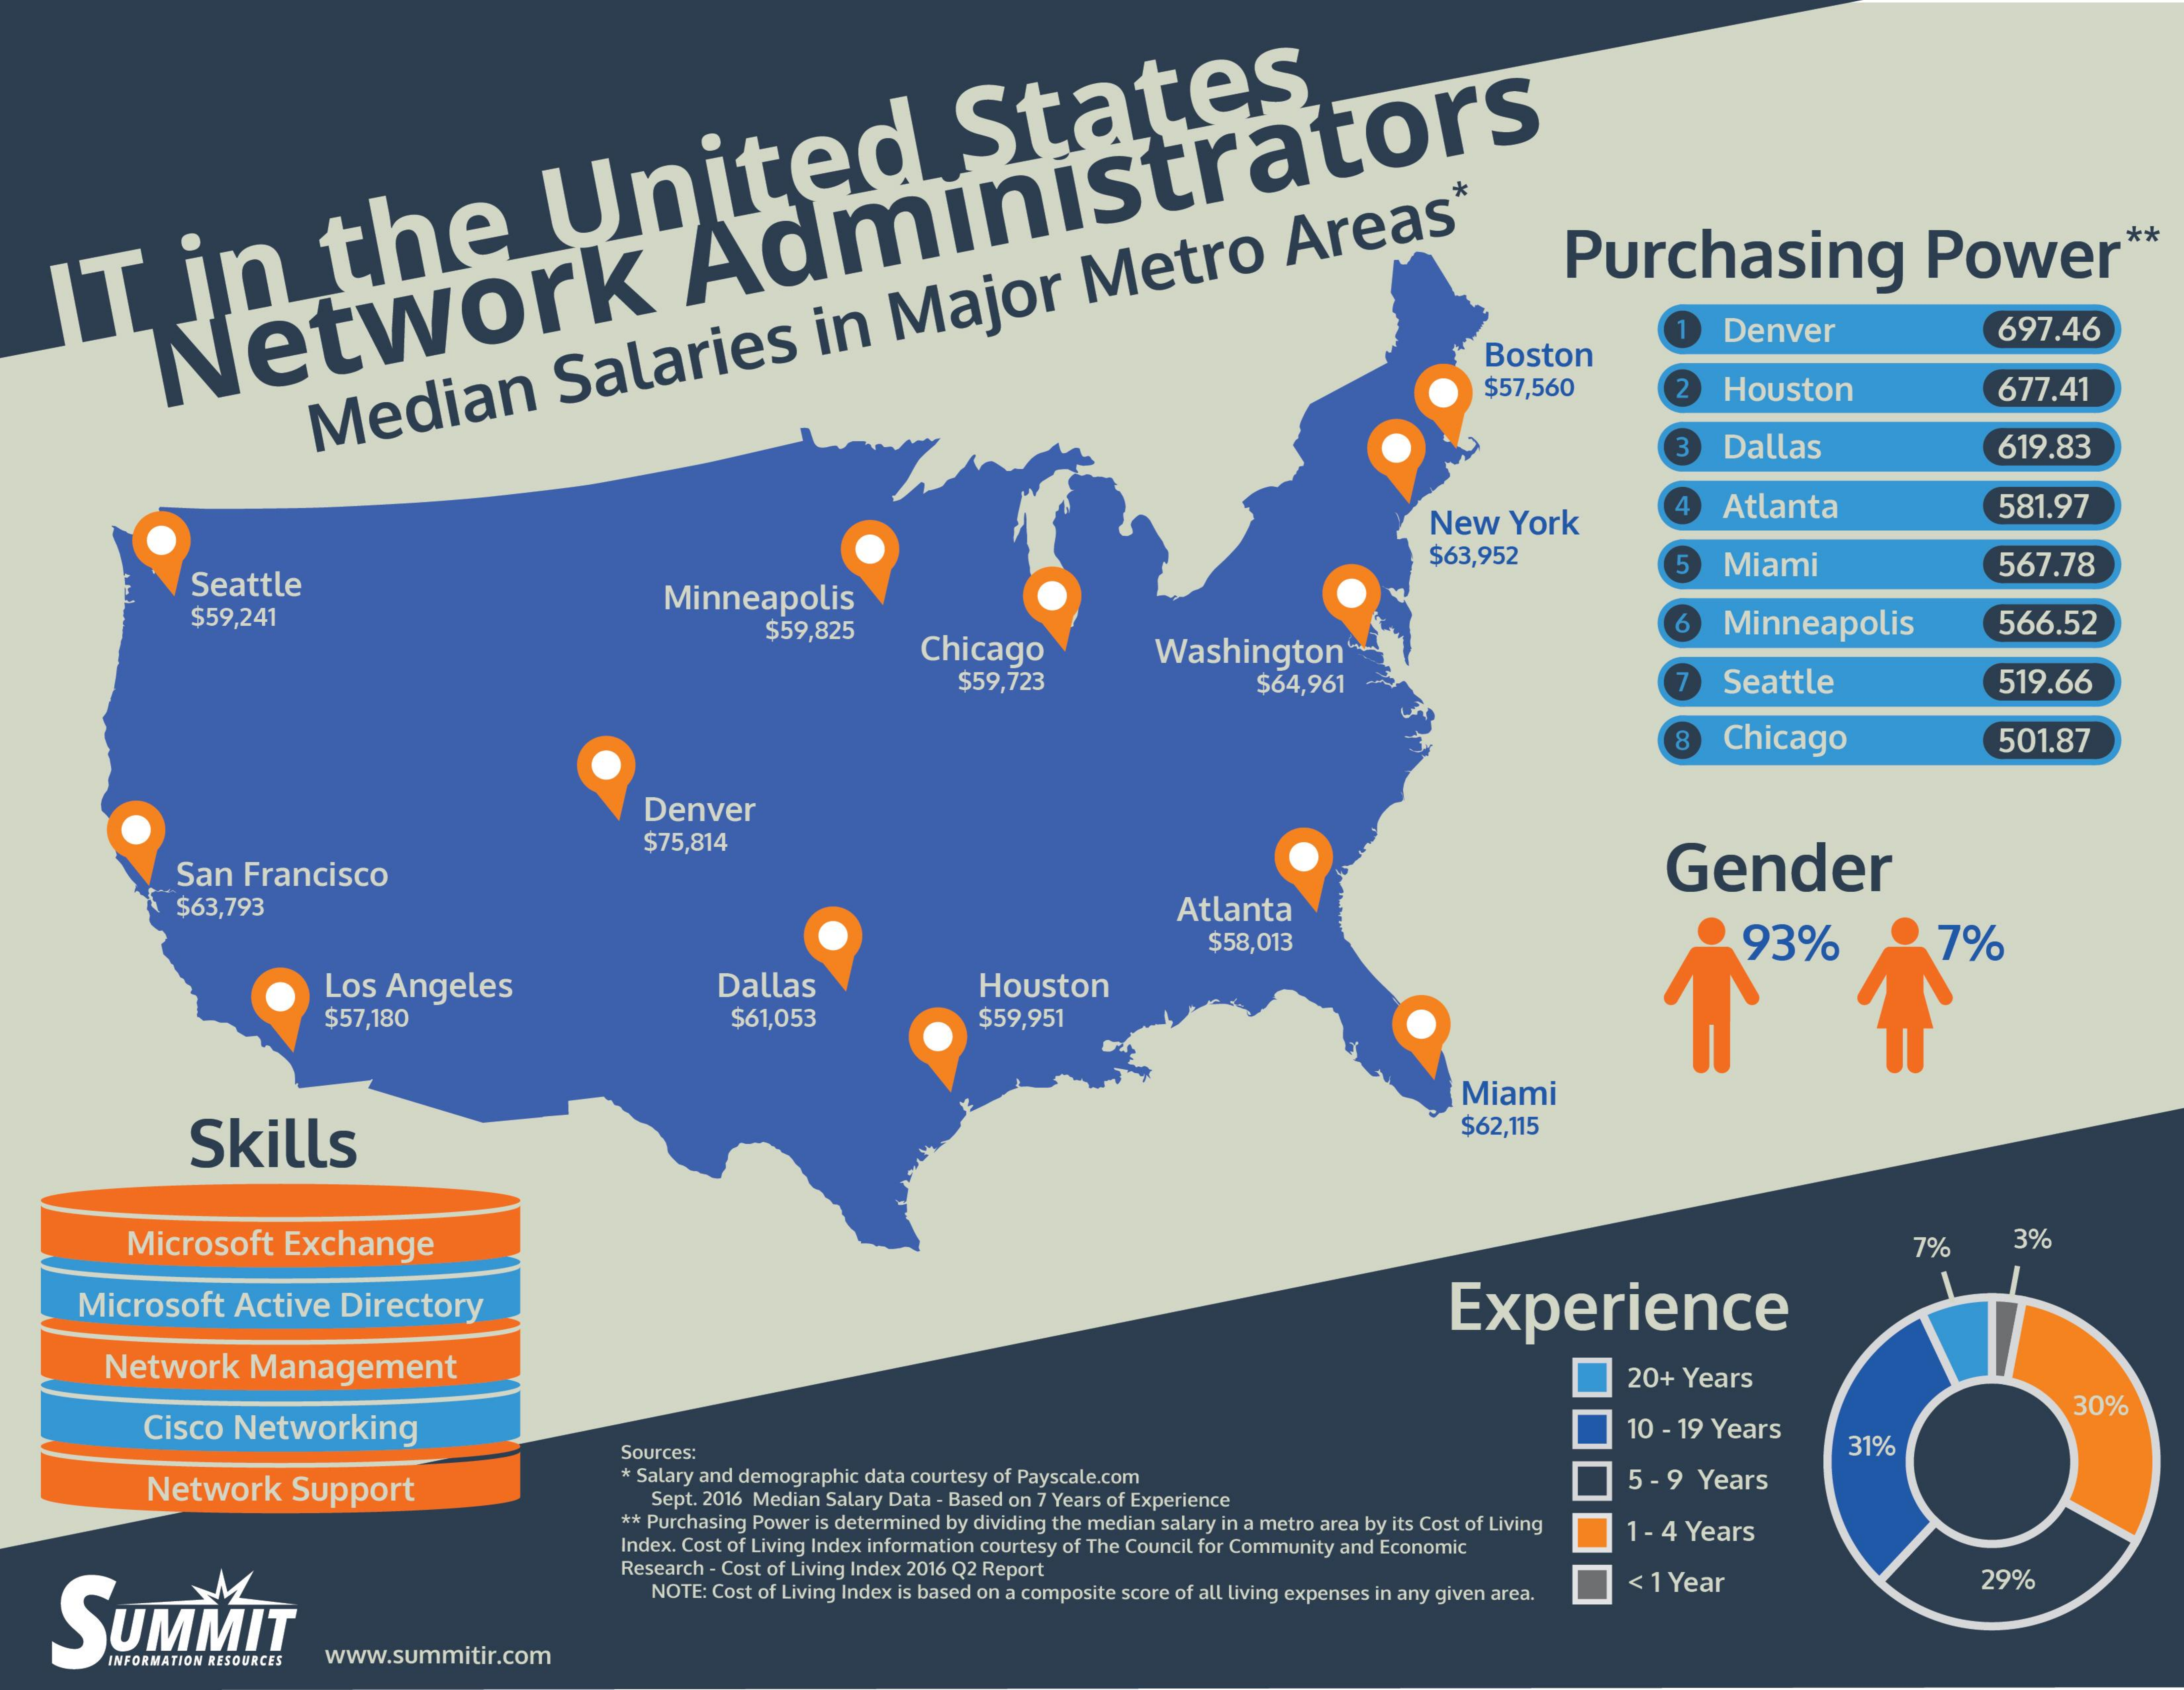
IT    in    the    United    States
     Purchasing    Power
     .**
     Network
     Administrators
     Boston
     1  Denver    697.46
     Median    Salaries    in  Major    Metro    Areas*
     $57,560    2  Houston    677.41
     3  Dallas    619.83
     New  York
     4  Atlanta    581.97
     Seattle
     $63,952    5    567.78
     $59,241
     Minneapolis
     Miami
     $59,825
     Chicago    Washington
     6  Minneapolis    566.52
     $59,723    $64,961    7  Seattle    519.66
     8  Chicago    501.87
     Denver
     San Francisco
     $75,814
     Gender
     $63,793    Atlanta
     $58,013    93%    7%
     Los Angeles    Dallas    Houston
     $57,180    $61,053    $59,951
     Miami
     Skills
     $62,115
     Microsoft Exchange    7%    3%
     Microsoft Active Directory    Experience
     Network  Management    20+ Years
     Cisco Networking    10 - 19 Years
     30%
     Sources:    31%
     Network  Support
     * Salary and demographic data courtesy of Payscale.com    5 - 9 Years
     Sept. 2016 Median Salary Data - Based on 7 Years of Experience
     ** Purchasing Power is determined by dividing the median salary in a metro area by its Cost of Living
     Index. Cost of Living Index information courtesy of The Council for Community and Economic
     1 - 4 Years
   SUMMIT
     Research - Cost of Living Index 2016 Q2 Report
     NOTE: Cost of Living Index is based on a composite score of all living expenses in any given area. < 1 Year 29%
     www.summitir.com